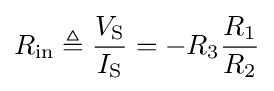
R_{\text{in}}\triangleq {\frac {V_{\text{S}}}{I_{\text{S}}}}=-R_{3}{\frac {R_{1}}{R_{2}}}